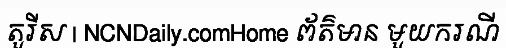
តួរីស | NCNDaily.comHome ព័ត៌មាន មួយករណី